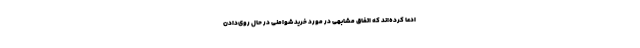
ادعا کرده‌اند که اتفاق مشابهی در مورد خرید شوامنی در حال روی‌دادن